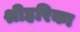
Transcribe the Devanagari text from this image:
श्रीहरिका